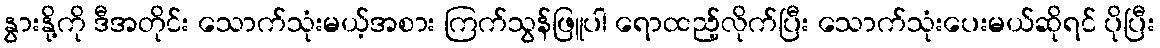
နွားနို့ကို ဒီအတိုင်း သောက်သုံးမယ့်အစား ကြက်သွန်ဖြူပါ ရောထည့်လိုက်ပြီး သောက်သုံးပေးမယ်ဆိုရင် ပိုပြီး